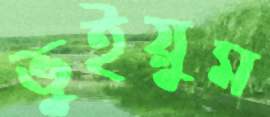
ভুইয়ুম